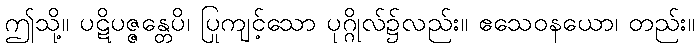
ဤသို့။ ပဋိပဇ္ဇန္တေပိ၊ ပြုကျင့်သော ပုဂ္ဂိုလ်၌လည်း။ ဧသေဝနယော၊ တည်း။